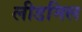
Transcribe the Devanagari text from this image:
लीडमिल